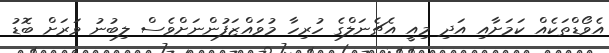
އެވޯޑްތަކެއް ކަމަށާއި އަދި މިއީ އެޗެނަލްގެ ހުރިހާ މުވައްޒަފުންނަށްވެސް ލިބުނު ވަރަށް ބޮޑު